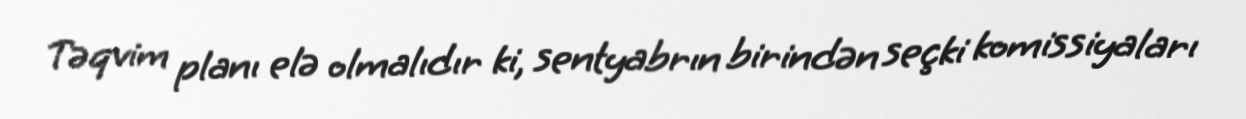
Təqvim planı elə olmalıdır ki, sentyabrın birindən seçki komissiyaları